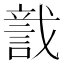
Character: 𧨺